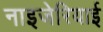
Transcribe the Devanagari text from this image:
नाइजेरियाई